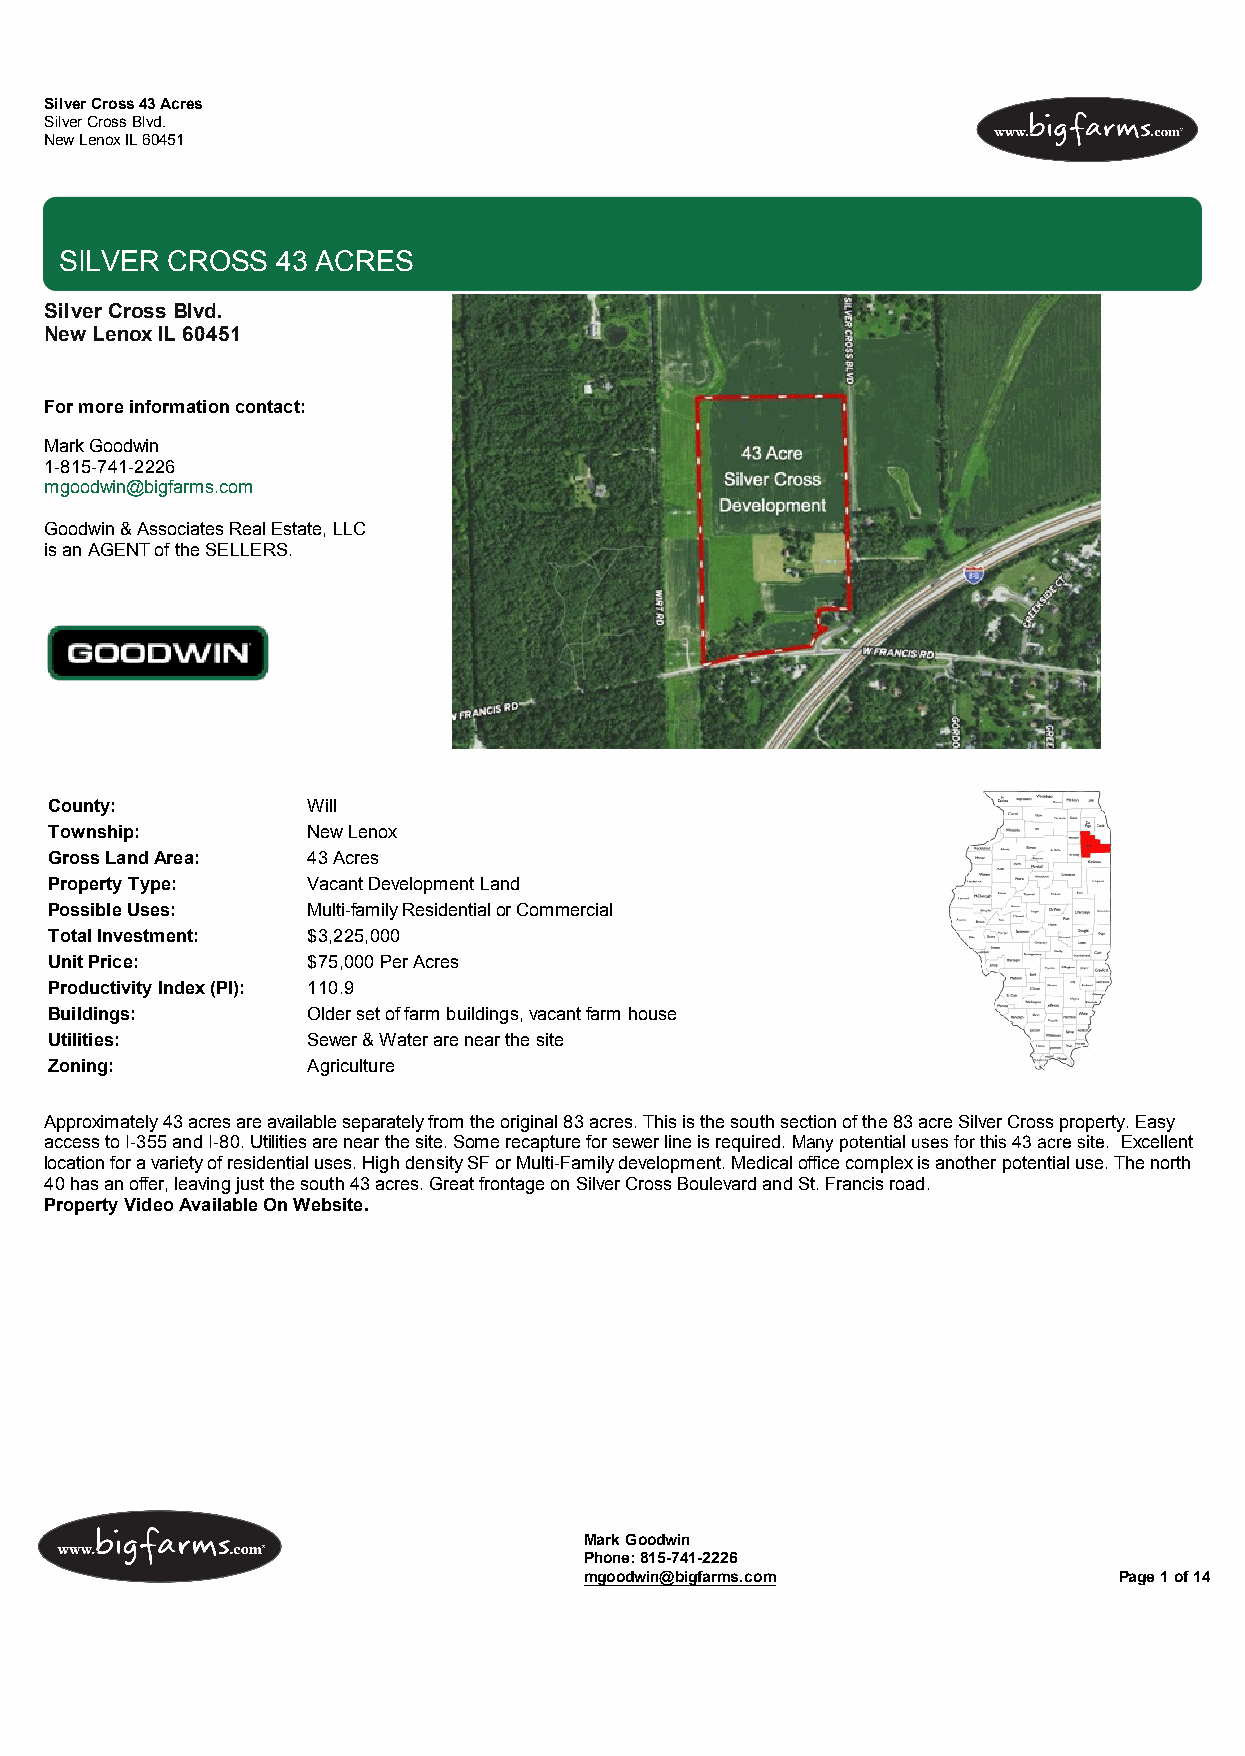
Silver Cross 43 Acres
 Silver Cross Blvd.
 New Lenox IL 60451
 SILVER CROSS  43 ACRES
 Silver Cross Blvd.
 New Lenox IL 60451
 For more information contact:
 Mark Goodwin
 1-815-741-2226
 mgoodwin@bigfarms.com
 Goodwin & Associates Real Estate, LLC
 is an AGENT of the SELLERS.
 County:          Will
 Township:        New Lenox
 Gross Land Area: 43 Acres
 Property Type:   Vacant Development Land
 Possible Uses:   Multi-family Residential or Commercial
 Total Investment: $3,225,000
 Unit Price:      $75,000 Per Acres
 Productivity Index (PI): 110.9
 Buildings:       Older set of farm buildings, vacant farm house
 Utilities:       Sewer & Water are near the site
 Zoning:          Agriculture
 Approximately 43 acres are available separately from the original 83 acres. This is the south section of the 83 acre Silver Cross property. Easy
 access to I-355 and I-80. Utilities are near the site. Some recapture for sewer line is required. Many potential uses for this 43 acre site. Excellent
 location for a variety of residential uses. High density SF or Multi-Family development. Medical office complex is another potential use. The north
 40 has an offer, leaving just the south 43 acres. Great frontage on Silver Cross Boulevard and St. Francis road.
 Property Video Available On Website.
 Mark Goodwin
 Phone: 815-741-2226
 mgoodwin@bigfarms.com              Page 1 of 14